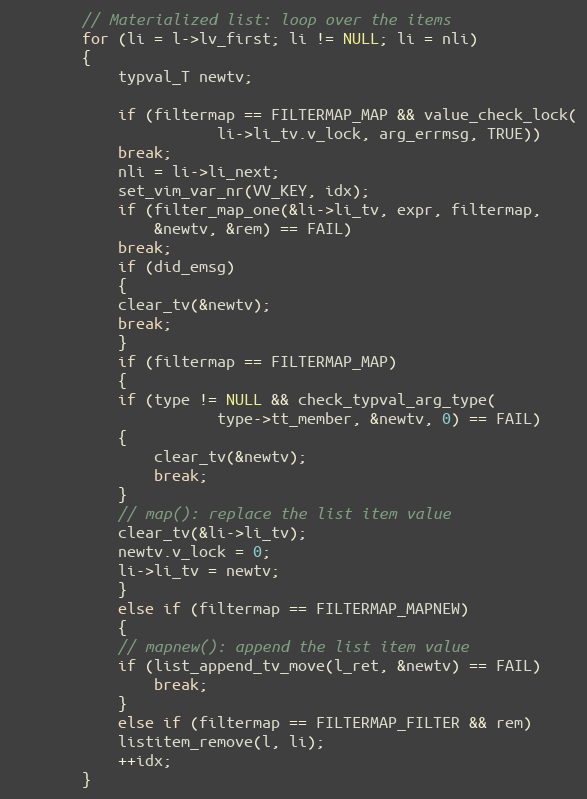
Language: C
		// Materialized list: loop over the items
		for (li = l->lv_first; li != NULL; li = nli)
		{
		    typval_T newtv;

		    if (filtermap == FILTERMAP_MAP && value_check_lock(
					   li->li_tv.v_lock, arg_errmsg, TRUE))
			break;
		    nli = li->li_next;
		    set_vim_var_nr(VV_KEY, idx);
		    if (filter_map_one(&li->li_tv, expr, filtermap,
				&newtv, &rem) == FAIL)
			break;
		    if (did_emsg)
		    {
			clear_tv(&newtv);
			break;
		    }
		    if (filtermap == FILTERMAP_MAP)
		    {
			if (type != NULL && check_typval_arg_type(
					   type->tt_member, &newtv, 0) == FAIL)
			{
			    clear_tv(&newtv);
			    break;
			}
			// map(): replace the list item value
			clear_tv(&li->li_tv);
			newtv.v_lock = 0;
			li->li_tv = newtv;
		    }
		    else if (filtermap == FILTERMAP_MAPNEW)
		    {
			// mapnew(): append the list item value
			if (list_append_tv_move(l_ret, &newtv) == FAIL)
			    break;
		    }
		    else if (filtermap == FILTERMAP_FILTER && rem)
			listitem_remove(l, li);
		    ++idx;
		}